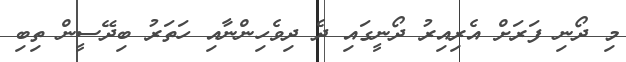
މި ދޯނި ފަރަށް އެރިއިރު ދޯނީގައި ދެ ދިވެހިންނާއި ހަތަރު ބިދޭސީން ތިބި